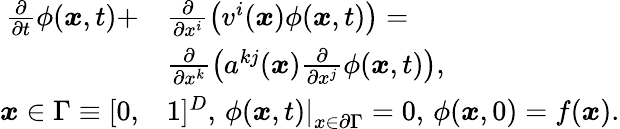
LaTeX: \begin{array}{rl}{\frac{\partial}{\partial t}\phi(\boldsymbol{x},t)+}&{\frac{\partial}{\partial x^{i}}\left(v^{i}(\boldsymbol{x})\phi(\boldsymbol{x},t)\right)=}\\ &{\frac{\partial}{\partial x^{k}}\left(a^{kj}(\boldsymbol{x})\frac{\partial}{\partial x^{j}}\phi(\boldsymbol{x},t)\right),}\\ {\boldsymbol{x}\in\Gamma\equiv[0,}&{1]^{D},\, \left.\phi(\boldsymbol{x},t)\right|_{x\in\partial\Gamma}=0,\, \phi(\boldsymbol{x},0)=f(\boldsymbol{x}).}\end{array}